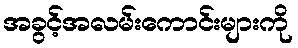
အခွင့်အလမ်းကောင်းများကို